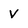
Character: V